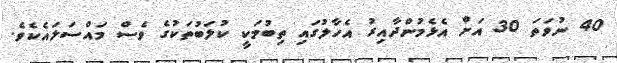
40 ނުވަތަ 30 އަށް އެޅެމުންދާއިރު އެހާލުގައި ތިބުމަކީ ކުލަބުތަކުގެ ވެސް މައްސަލައެކެވެ.